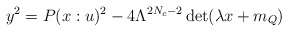
\begin{align*}y^2=P(x:u)^2 - 4\Lambda^{2N_{c}-2}\det(\lambda x+m_{Q}) \end{align*}